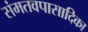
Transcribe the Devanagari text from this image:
संमतवपासादिका